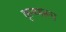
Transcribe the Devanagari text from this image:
कृष्णरूप